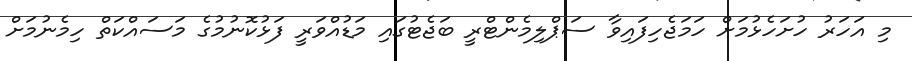
މި އަހަރު ހުށަހެޅުމަށް ހަމަޖެހިފައިވާ ސަޕްލިމެންޓްރީ ބަޖެޓުގައި މަޑުއްވަރީ ފަޅުކޮނުމުގެ މަސައްކަތް ހިމެނުމަށް